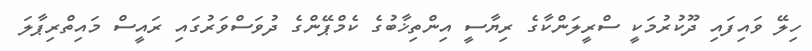
ހިލޭ ވައިފައި ދޫކުރުމަކީ ސްރީލަންކާގެ ރިޔާސީ އިންތިޚާބުގެ ކެމްޕޭންގެ ދުވަސްވަރުގައި ރައީސް މައިތްރިޕާލަ